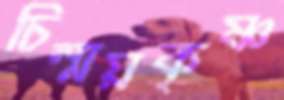
চিন্ময়কৃষ্ণ